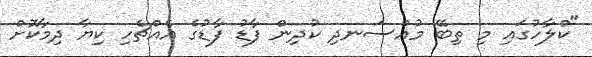
"ކްލާހުގައި މި ތިބޭ މުއްސަނދި ކުދިން ފާޑު ފާޑުގެ އެއްޗެހި ކިޔާ ދިމާކޮށް